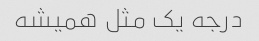
درجه یک مثل همیشه